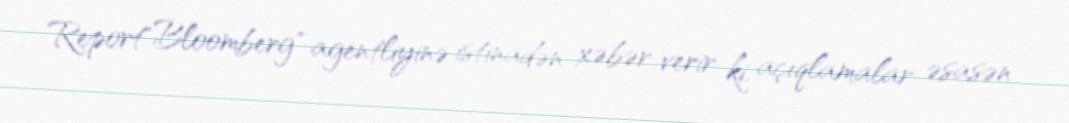
Report"Bloomberg" agentliyinə istinadən xəbər verir ki, açıqlamalar əsasən